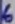
Text: 6